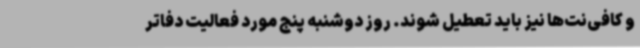
و کافی‌نت‌ها نیز باید تعطیل شوند. روز دوشنبه پنج مورد فعالیت دفاتر